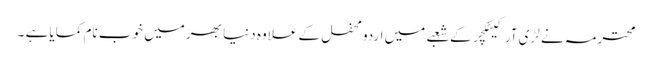
محترمہ نے لڑی آرکیٹکچر کے شعبے میں اردو محفل کے علاوہ دنیا بھر میں خوب نام کمایا ہے ۔